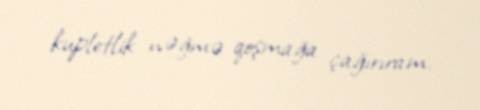
kupletlik nəğmə qoşmağa çağırıram.